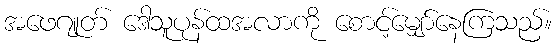
အဖေဂျုတ် ဒေါသူပုန်ထအလာကို စောင့်မျှော်နေကြသည်။